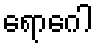
ရောဂေါ